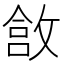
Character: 𫿄